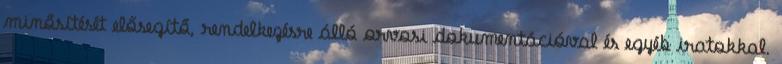
minősítését elősegítő, rendelkezésre álló orvosi dokumentációval és egyéb iratokkal.